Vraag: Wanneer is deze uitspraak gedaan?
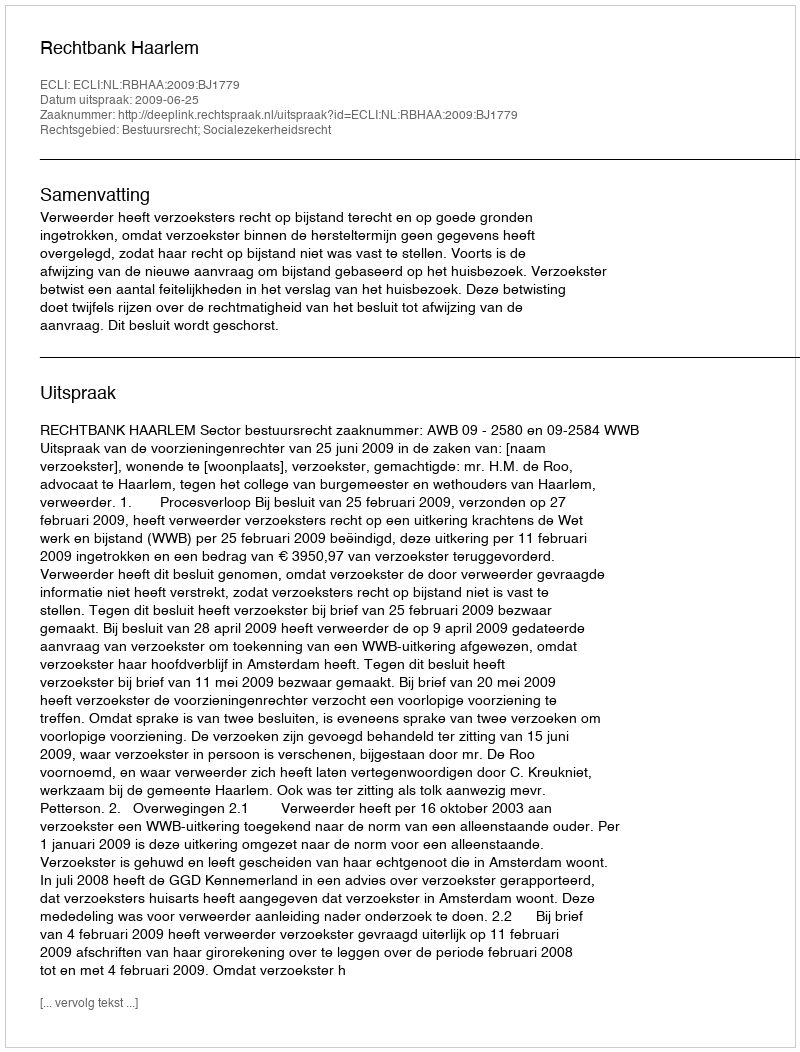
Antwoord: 2009-06-25